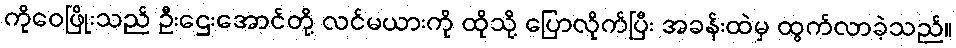
ကိုဝေဖြိုးသည် ဦးဌေးအောင်တို့ လင်မယားကို ထိုသို့ ပြောလိုက်ပြီး အခန်းထဲမှ ထွက်လာခဲ့သည်။